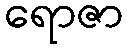
ရောဇာ